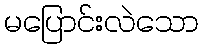
မပြောင်းလဲသော